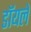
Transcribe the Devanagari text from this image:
डॉयले